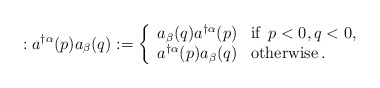
\begin{align*}: a^{\dagger\alpha}(p) a_{\beta}(q) : = \left\{ \begin{array}{ll} a_{\beta} (q) a^{\dagger\alpha}(p) & \mbox{if}\enspace p<0 , q<0, \\a^{\dagger\alpha}(p) a_{\beta}(q) & \mbox{otherwise} \, .\\\end{array} \right.\end{align*}